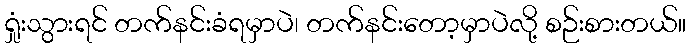
ရှုံးသွားရင် တက်နင်းခံရမှာပဲ၊ တက်နင်းတော့မှာပဲလို့ စဉ်းစားတယ်။